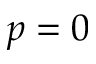
p = 0